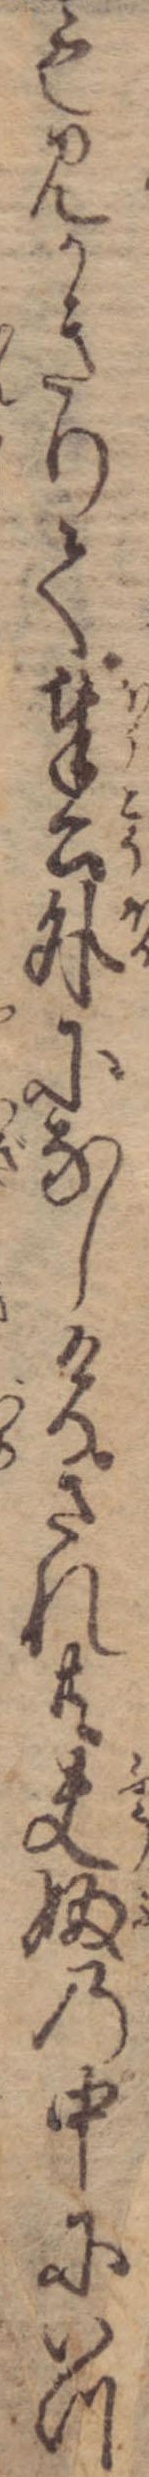
も見かきりて奉公外になしけるされ共夫婦の中にいつ